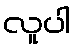
လူပါ